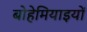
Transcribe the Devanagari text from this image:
बोहेमियाइयों